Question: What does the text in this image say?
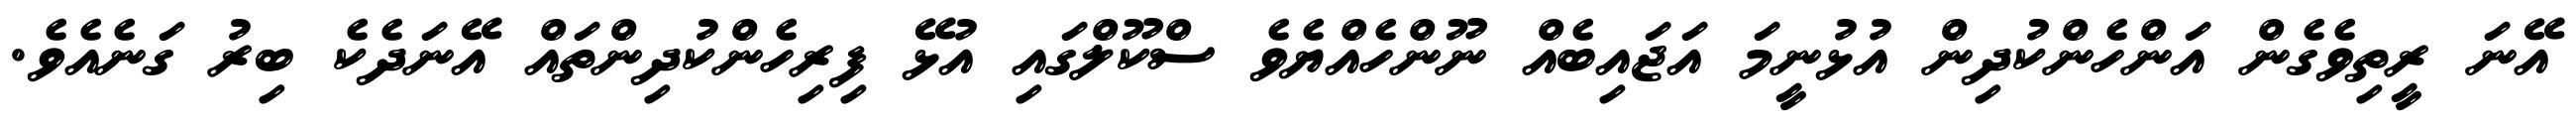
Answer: އޭނަ ރީތިވެގެން އަންހެންކުދިން އުޅުނީމަ އަޖައިބެއް ނޫންހެއްޔެވެ ސްކޫލްގައި އުޅޭ ފިރިހެންކުދިންތައް އޭނަދެކެ ބިރު ގަނެއެވެ.